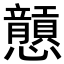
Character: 𢥮